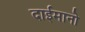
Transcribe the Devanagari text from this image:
दाईमानो